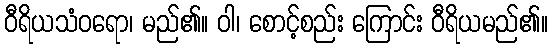
ဝီရိယသံဝရော၊ မည်၏။ ဝါ၊ စောင့်စည်း ကြောင်း ဝီရိယမည်၏။